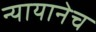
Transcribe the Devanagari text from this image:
न्यायानेच